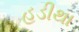
હડીથા